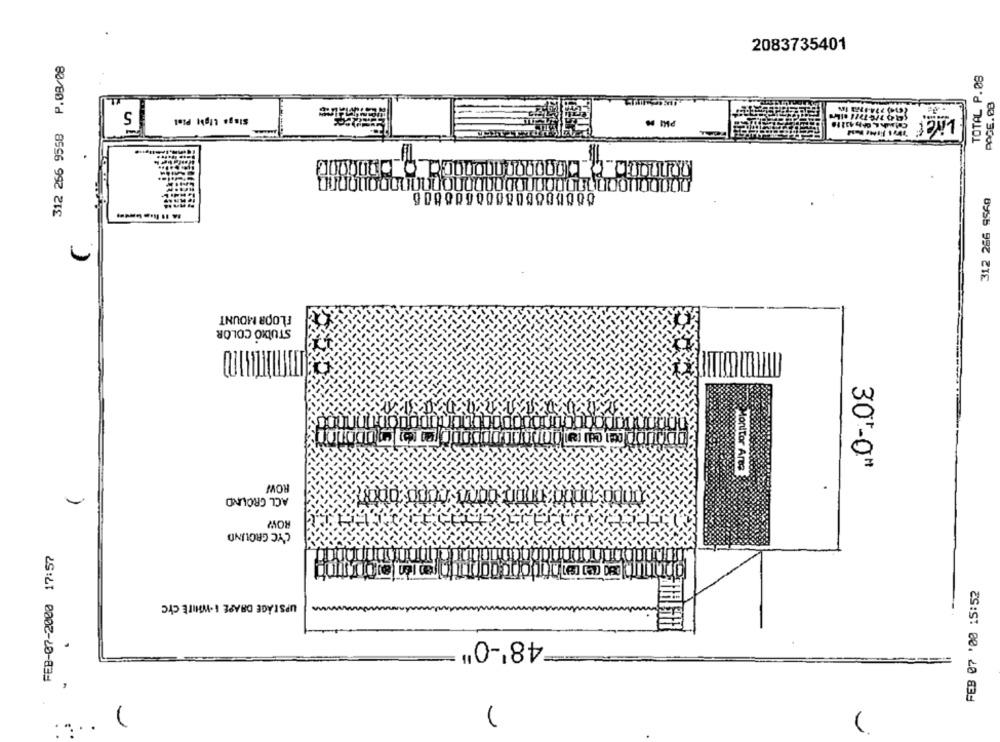
2083735401
312 266 9558 P.08/08
TOTAL P.08
5
Singe Ligh Plat
Lives
312 266 9560
FLOOR MOUNT
STUDIO COLOR
30'-0"
Monitor Ares
ROW
ACL GROUND
ROW
C'YC GROUND
FEB-07-2000 17:57
FEB 07 '00 15:52
UPSTAGE DRAPE I-WHITE CYC
48'-0"